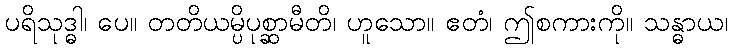
ပရိသုဒ္ဓါ၊ ပေ။ တတိယမ္ပိပုစ္ဆာမီတိ၊ ဟူသော။ ဧတံ၊ ဤစကားကို။ သန္ဓာယ၊